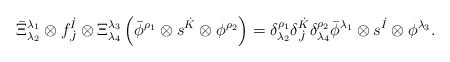
\begin{align*}\bar{\Xi}^{\lambda_1}_{\lambda_2} \otimes f^{\dot{I}}_{\dot{J}} \otimes \Xi^{\lambda_3}_{\lambda_4} \left( \bar{\phi}^{\rho_1} \otimes s^{\dot{K}} \otimes \phi^{\rho_2} \right) = \delta^{\rho_1}_{\lambda_2} \delta^{\dot{K}}_{\dot{J}} \delta_{\lambda_4}^{\rho_2} \bar{\phi}^{\lambda_1} \otimes s^{\dot{I}} \otimes \phi^{\lambda_3}.\end{align*}